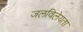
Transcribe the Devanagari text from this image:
जलविलेयता